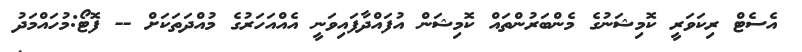
އެސެޓް ރިކަވަރީ ކޮމިޝަނުގެ މެންބަރުންތައް ކޮމިޝަން އުފައްދާފައިވަނީ އެއްއަހަރުގެ މުއްދަތަކަށް -- ފޮޓޯ:މުހައްމަދު